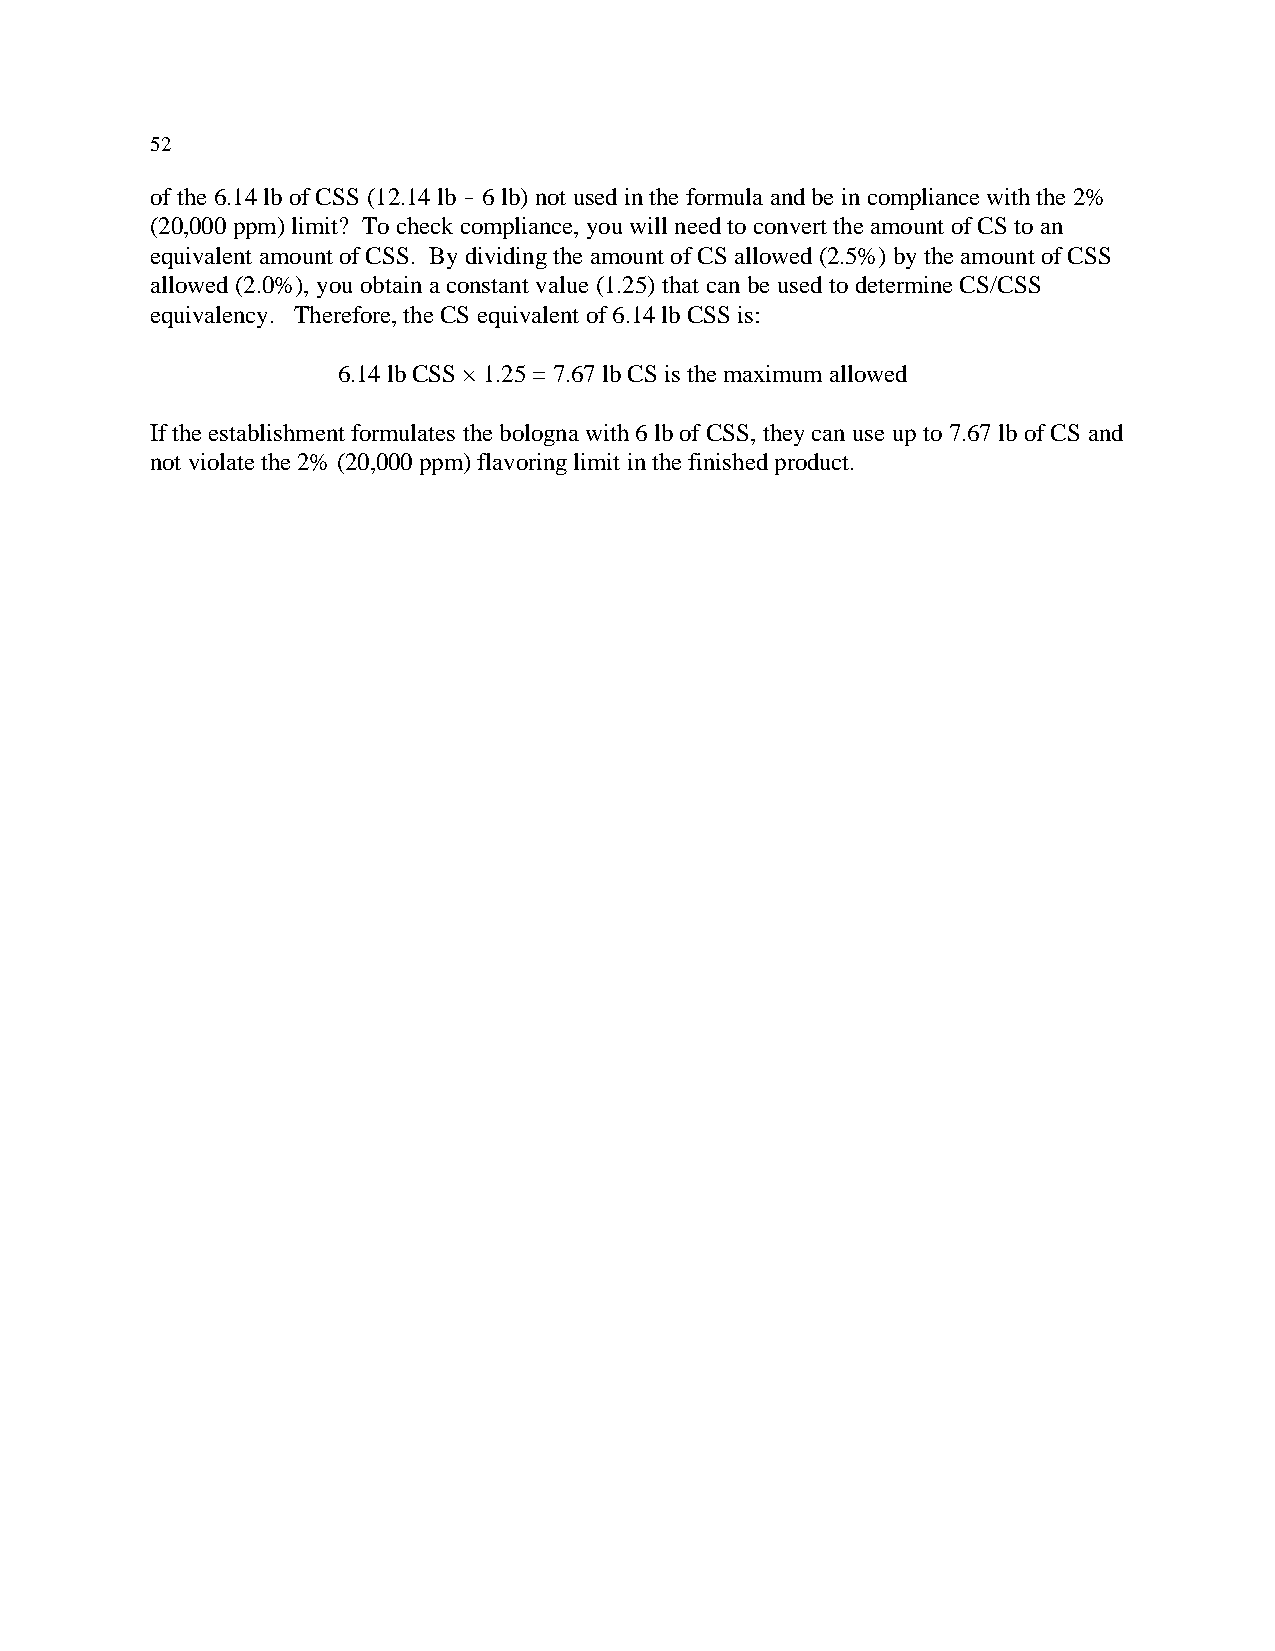
52
 of the 6.14 lb of CSS (12.14 lb ! 6 lb) not used in the formula and be in compliance with the 2%
 (20,000 ppm) limit? To check compliance, you will need to convert the amount of CS to an
 equivalent amount of CSS. By dividing the amount of CS allowed (2.5%) by the amount of CSS
 allowed (2.0%), you obtain a constant value (1.25) that can be used to determine CS/CSS
 equivalency. Therefore, the CS equivalent of 6.14 lb CSS is:
 6.14 lb CSS × 1.25 = 7.67 lb CS is the maximum allowed
 If the establishment formulates the bologna with 6 lb of CSS, they can use up to 7.67 lb of CS and
 not violate the 2% (20,000 ppm) flavoring limit in the finished product.